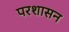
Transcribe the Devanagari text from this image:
परशासन